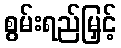
စွမ်းရည်မြှင့်